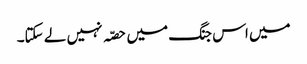
میں اس جنگ میں حصّہ نہیں لے سکتا۔